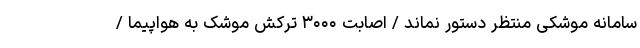
سامانه موشکی منتظر دستور نماند / اصابت ۳۰۰۰ ترکش موشک به هواپیما /